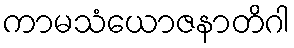
ကာမသံယောဇနာတိဂါ